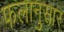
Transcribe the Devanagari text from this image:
फलानुसार